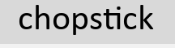
chopstick